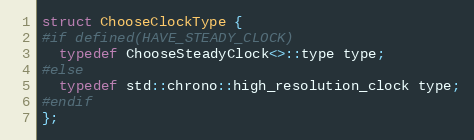
Language: C
struct ChooseClockType {
#if defined(HAVE_STEADY_CLOCK)
  typedef ChooseSteadyClock<>::type type;
#else
  typedef std::chrono::high_resolution_clock type;
#endif
};